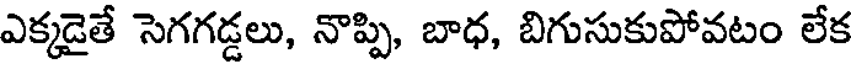
ఎక్కడైతే సెగగడ్డలు, నొప్పి, బాధ, బిగుసుకుపోవటం లేక